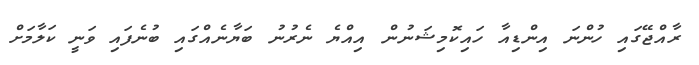
ރާއްޖޭގައި ހުންނަ އިންޑިއާ ހައިކޮމިޝަނުން އިއްޔެ ނެރުނު ބަޔާނެއްގައި ބުނެފައި ވަނީ ކަލާމަށް